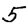
Digit: 5